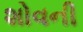
શોવની